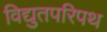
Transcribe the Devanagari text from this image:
विद्युतपरिपथ